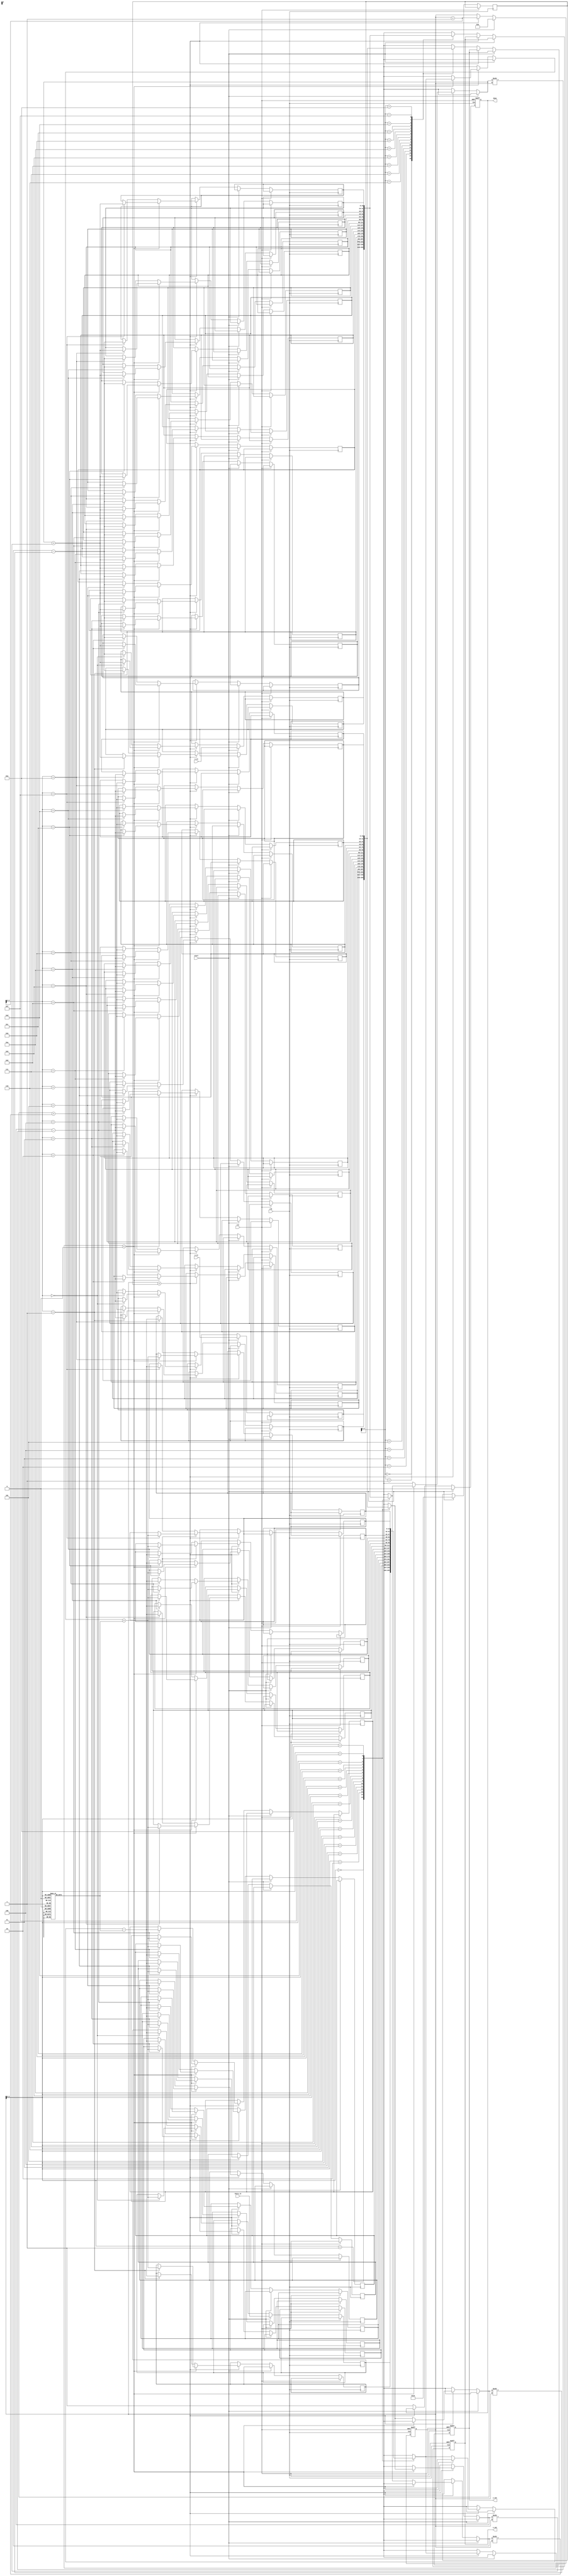
module adaptive_cordic #(
    parameter WIDTH = 16, // Bit-width for fixed-point representation
    parameter ITERATIONS = 16 // Number of iterations for CORDIC
)(
    input wire clk,
    input wire rst,
    input wire start,
    input wire signed [WIDTH-1:0] x_in, // Input x
    input wire signed [WIDTH-1:0] y_in, // Input y
    input wire signed [WIDTH-1:0] theta_in, // Input rotation angle
    output reg signed [WIDTH-1:0] x_out, // Output x'
    output reg signed [WIDTH-1:0] y_out, // Output y'
    output reg done // Operation done signal
);

    reg signed [WIDTH-1:0] x[0:ITERATIONS-1]; // x values for each iteration
    reg signed [WIDTH-1:0] y[0:ITERATIONS-1]; // y values for each iteration
    reg signed [WIDTH-1:0] theta[0:ITERATIONS-1]; // theta values for each iteration
    reg [4:0] iteration; // Current iteration counter
    reg [4:0] num_iterations; // Number of iterations to perform
    reg signed [WIDTH-1:0] angle_table[0:ITERATIONS-1]; // Precomputed arctan(2^-i)

    // Initialize angle table
    initial begin
        angle_table[0] = 16'h3FFF; // atan(1) = 45 degrees
        angle_table[1] = 16'h1FF9; // atan(0.5)
        angle_table[2] = 16'h0FFC; // atan(0.25)
        angle_table[3] = 16'h07F8; // atan(0.125)
        // Fill in the rest of the angle table as needed
    end

    // Control unit
    always @(posedge clk or posedge rst) begin
        if (rst) begin
            iteration <= 0;
            done <= 0;
            x_out <= 0;
            y_out <= 0;
        end else if (start) begin
            // Initialize inputs
            x[0] <= x_in;
            y[0] <= y_in;
            theta[0] <= theta_in;
            iteration <= 0;
            done <= 0;
            num_iterations <= ITERATIONS; // Set number of iterations (can be adaptive)
        end else if (iteration < num_iterations) begin
            // CORDIC iteration
            if (theta[iteration] < 0) begin
                x[iteration + 1] <= x[iteration] + (y[iteration] >>> iteration);
                y[iteration + 1] <= y[iteration] - (x[iteration] >>> iteration);
                theta[iteration + 1] <= theta[iteration] + angle_table[iteration];
            end else begin
                x[iteration + 1] <= x[iteration] - (y[iteration] >>> iteration);
                y[iteration + 1] <= y[iteration] + (x[iteration] >>> iteration);
                theta[iteration + 1] <= theta[iteration] - angle_table[iteration];
            end
            iteration <= iteration + 1;
        end else begin
            // Final output after iterations
            x_out <= x[num_iterations];
            y_out <= y[num_iterations];
            done <= 1;
        end
    end

endmodule